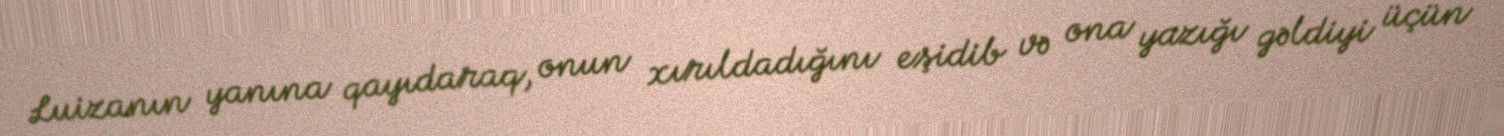
Luizanın yanına qayıdaraq, onun xırıldadığını eşidib və ona yazığı gəldiyi üçün